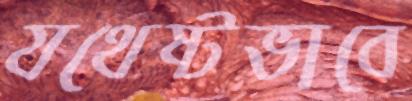
যথেষ্টভাবে